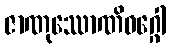
ဇာဏုဿောဏိဝဂ္ဂေါ